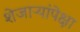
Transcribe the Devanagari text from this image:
शेजाऱ्यांपेक्षा